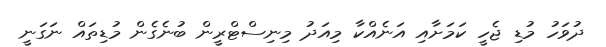
ދުވަހު މުޑި ޖެހީ ކަމަށާއި އަނެއްކާ މިއަދު މިނިސްޓްރީން ބުނެގެން މުޑިތައް ނަގަނީ